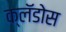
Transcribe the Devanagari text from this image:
क्लॅडोस